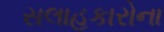
સલાહકારોના